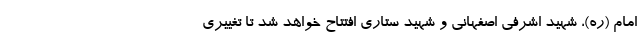
امام (ره)، شهید اشرفی اصفهانی و شهید ستاری افتتاح خواهد شد تا تغییری